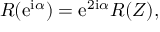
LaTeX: R ( { \mathrm { e } } ^ { { \mathrm { i } } \alpha } ) = { \mathrm { e } } ^ { 2 { \mathrm { i } } \alpha } R ( Z ) ,